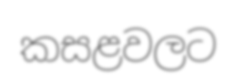
කසළවලට